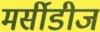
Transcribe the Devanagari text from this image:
मर्सीडीज